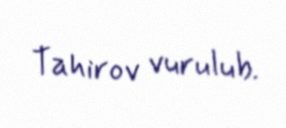
Tahirov vurulub.